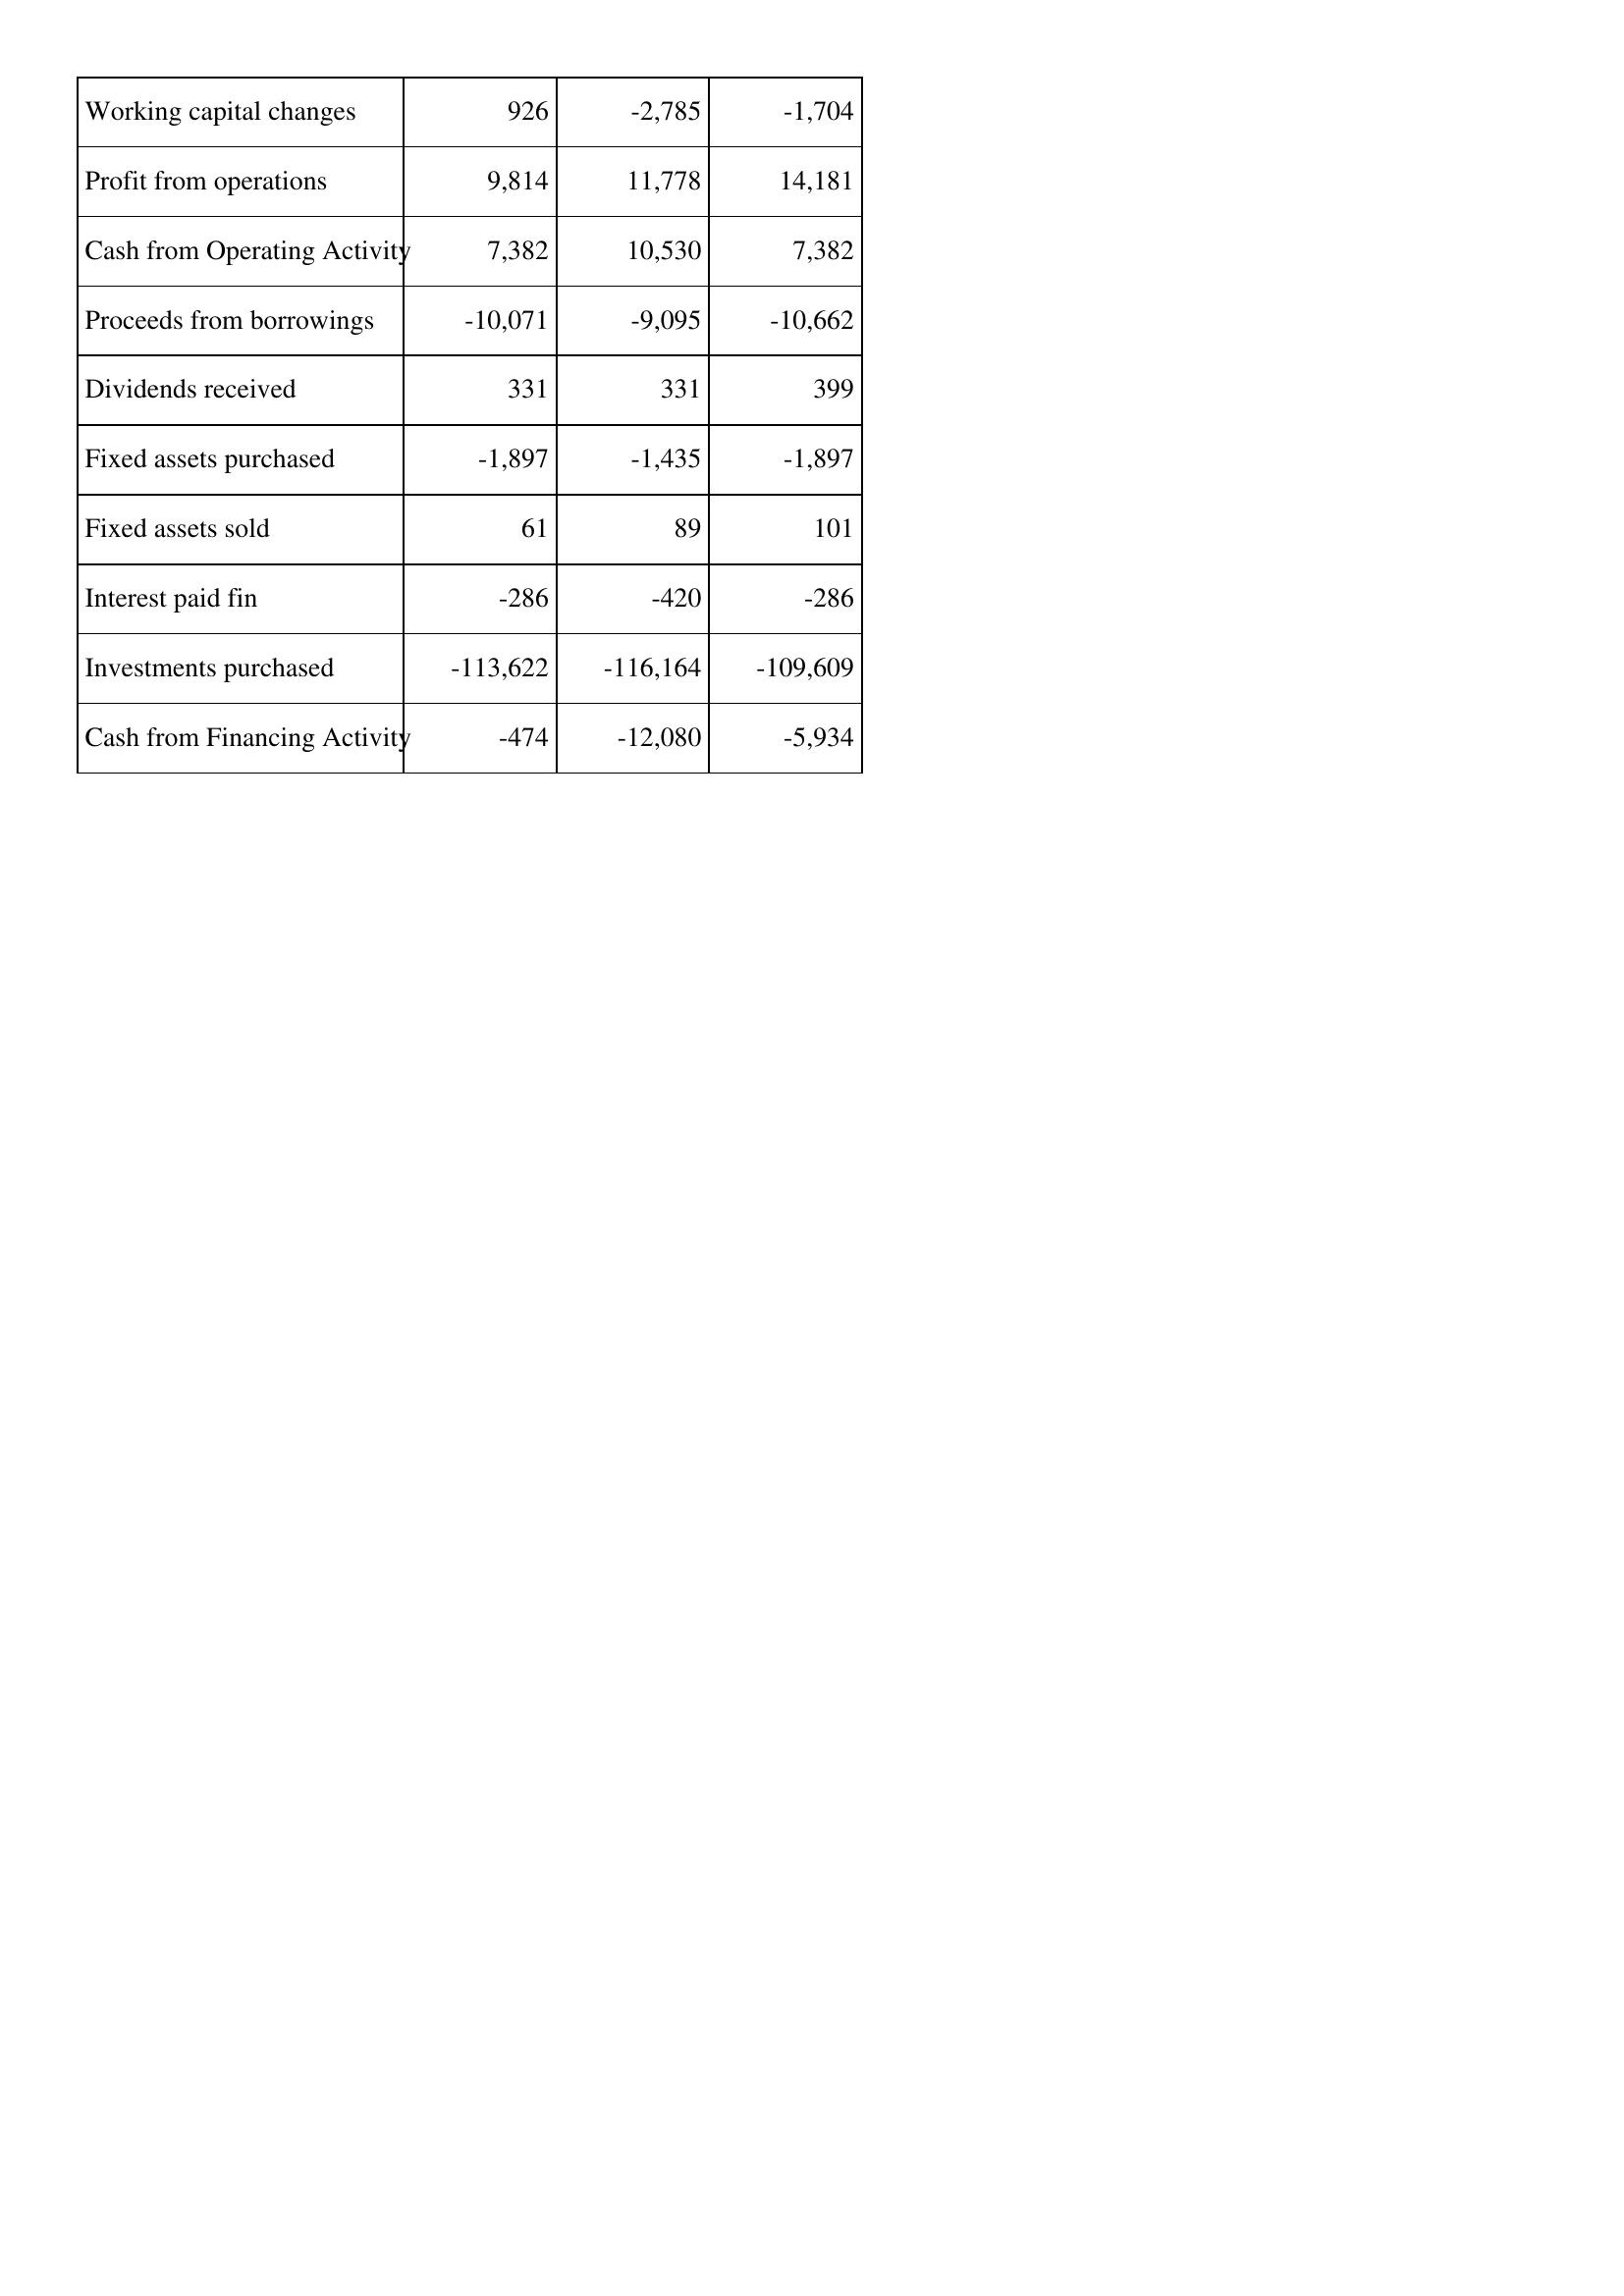
May-98: Cash Flows: Working capital changes: 926
Profit from operations: 9,814
Cash from Operating Activity: 7,382
Proceeds from borrowings: -10,071
Dividends received: 331
Fixed assets purchased: -1,897
Fixed assets sold: 61
Interest paid fin: -286
Investments purchased: -113,622
Cash from Financing Activity: -474
May-97: Cash Flows: Working capital changes: -2,785
Profit from operations: 11,778
Cash from Operating Activity: 10,530
Proceeds from borrowings: -9,095
Dividends received: 331
Fixed assets purchased: -1,435
Fixed assets sold: 89
Interest paid fin: -420
Investments purchased: -116,164
Cash from Financing Activity: -12,080
May-96: Cash Flows: Working capital changes: -1,704
Profit from operations: 14,181
Cash from Operating Activity: 7,382
Proceeds from borrowings: -10,662
Dividends received: 399
Fixed assets purchased: -1,897
Fixed assets sold: 101
Interest paid fin: -286
Investments purchased: -109,609
Cash from Financing Activity: -5,934